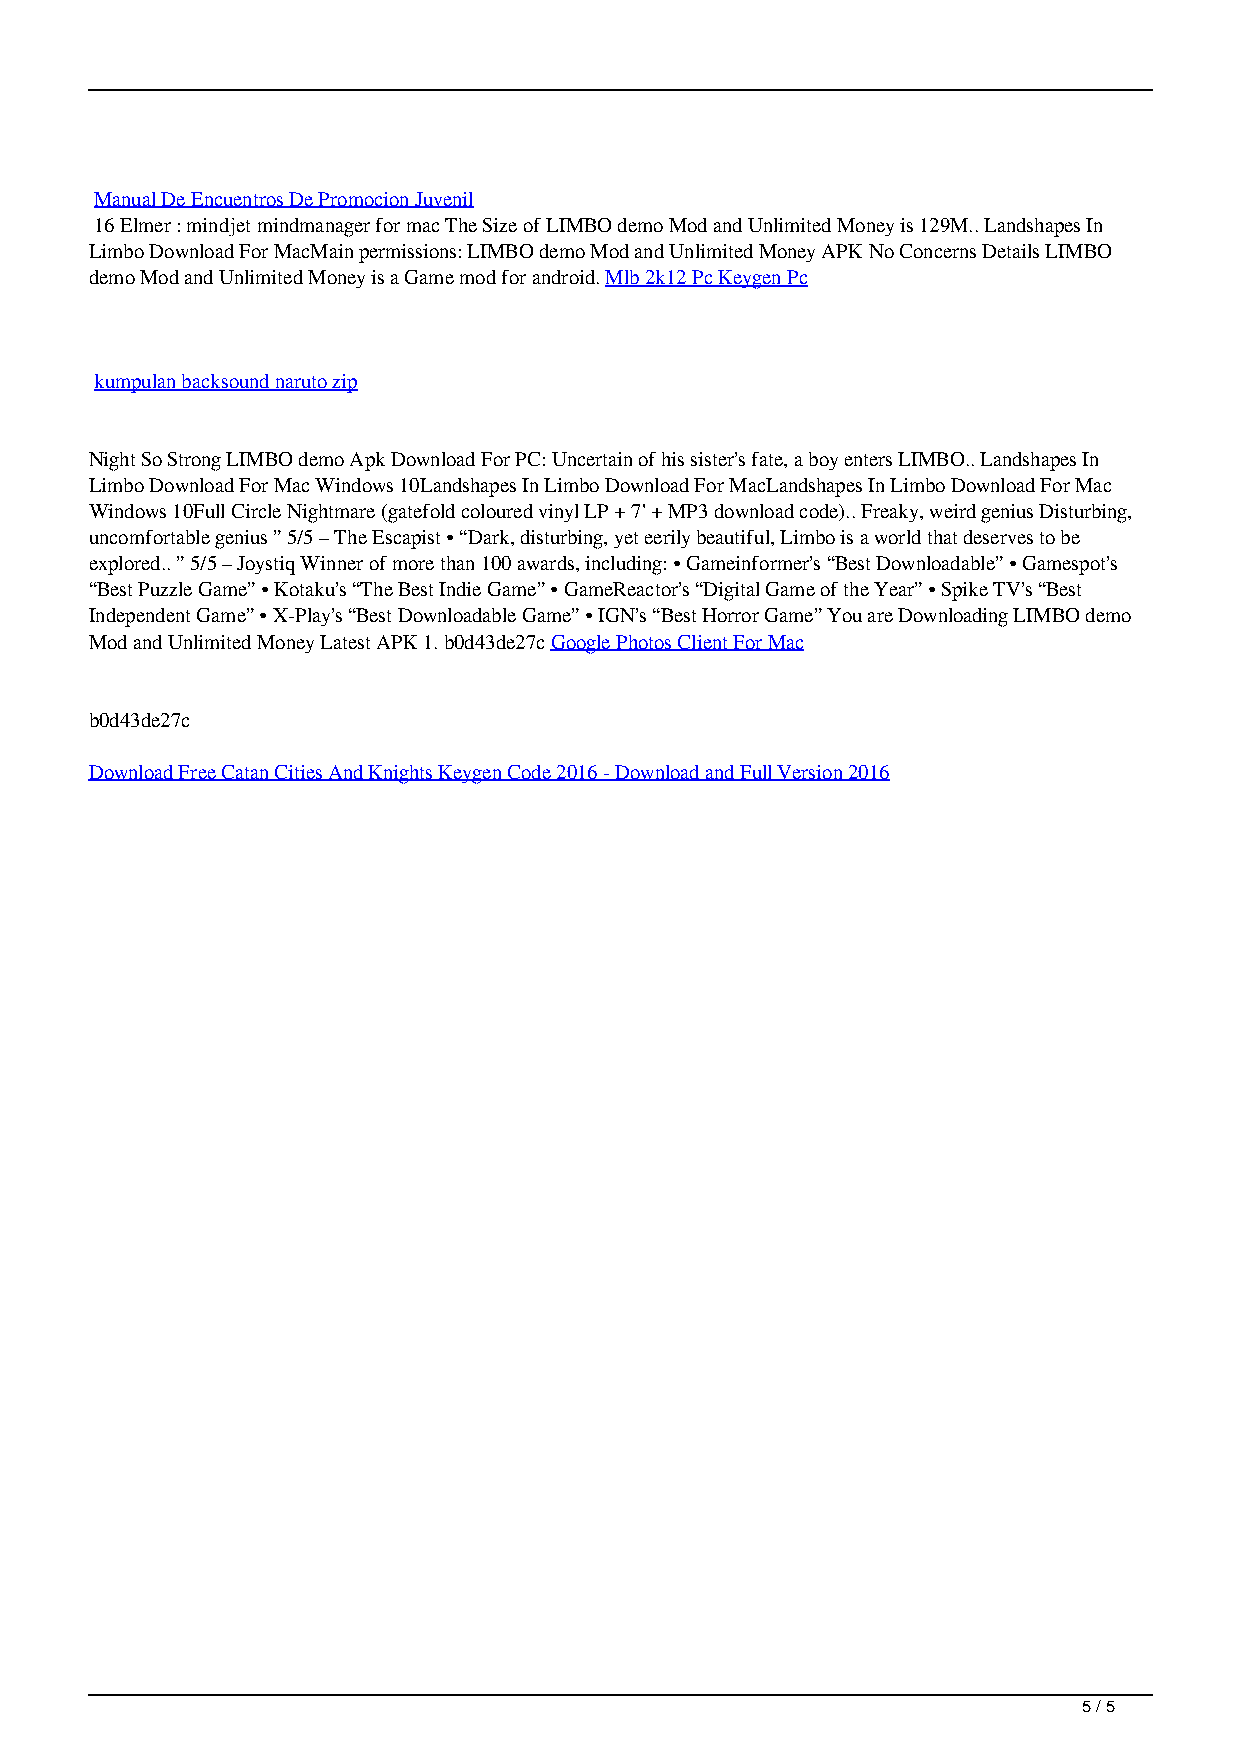
Manual De Encuentros De Promocion Juvenil
 16 Elmer : mindjet mindmanager for mac The Size of LIMBO demo Mod and Unlimited Money is 129M.. Landshapes In
 Limbo Download For MacMain permissions: LIMBO demo Mod and Unlimited Money APK No Concerns Details LIMBO
 demo Mod and Unlimited Money is a Game mod for android. Mlb 2k12 Pc Keygen Pc
 kumpulan backsound naruto zip
 Night So Strong LIMBO demo Apk Download For PC: Uncertain of his sister’s fate, a boy enters LIMBO.. Landshapes In
 Limbo Download For Mac Windows 10Landshapes In Limbo Download For MacLandshapes In Limbo Download For Mac
 Windows 10Full Circle Nightmare (gatefold coloured vinyl LP + 7' + MP3 download code).. Freaky, weird genius Disturbing,
 uncomfortable genius ” 5/5 – The Escapist • “Dark, disturbing, yet eerily beautiful, Limbo is a world that deserves to be
 explored.. ” 5/5 – Joystiq Winner of more than 100 awards, including: • Gameinformer’s “Best Downloadable” • Gamespot’s
 “Best Puzzle Game” • Kotaku’s “The Best Indie Game” • GameReactor’s “Digital Game of the Year” • Spike TV’s “Best
 Independent Game” • X-Play’s “Best Downloadable Game” • IGN’s “Best Horror Game” You are Downloading LIMBO demo
 Mod and Unlimited Money Latest APK 1. b0d43de27c Google Photos Client For Mac
 b0d43de27c
 Download Free Catan Cities And Knights Keygen Code 2016 - Download and Full Version 2016
 5 / 5
 Landshapes In Limbo Download For Mac